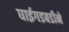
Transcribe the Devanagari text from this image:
घाईगडबडीने